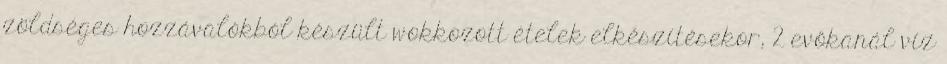
zöldséges hozzávalókból készült wokkozott ételek elkészítésekor, 2 evőkanál víz